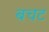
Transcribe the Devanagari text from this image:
बचट